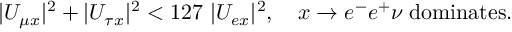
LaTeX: | U _ { \mu x } | ^ { 2 } + | U _ { \tau x } | ^ { 2 } < 1 2 7 \ | U _ { e x } | ^ { 2 } , \quad x \to e ^ { - } e ^ { + } \nu \; \mathrm { d o m i n a t e s } .